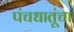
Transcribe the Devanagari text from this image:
पंचधातूंचा